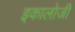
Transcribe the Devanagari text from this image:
इकालोजी